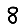
Digit: 8